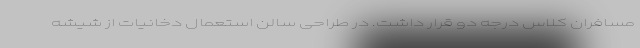
مسافران کلاس درجه دو قرار داشت. در طراحی سالن استعمال دخانیات از شیشه